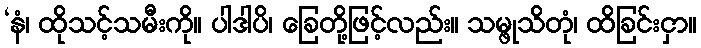
‘နံ၊ ထိုသင့်သမီးကို။ ပါဒါပိ၊ ခြေတို့ဖြင့်လည်း။ သမ္ဖုသိတုံ၊ ထိခြင်းငှာ။